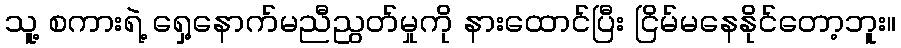
သူ့ စကားရဲ့ ရှေ့နောက်မညီညွတ်မှုကို နားထောင်ပြီး ငြိမ်မနေနိုင်တော့ဘူး။